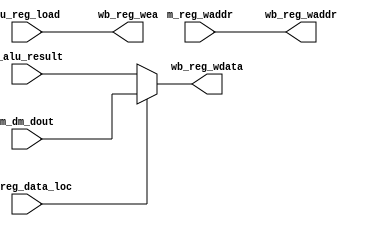
module write_back(
    input [15:0]  m_alu_result,
    input [15:0]  m_dm_dout,
    input [2:0]   m_reg_waddr,
    input         cu_reg_data_loc,
    input         cu_reg_load,
    output [15:0] wb_reg_wdata,
    output        wb_reg_wea,
    output [2:0]  wb_reg_waddr
);
assign wb_reg_wdata = cu_reg_data_loc ? m_dm_dout : m_alu_result;
assign wb_reg_wea = cu_reg_load;
assign wb_reg_waddr = m_reg_waddr;
endmodule